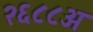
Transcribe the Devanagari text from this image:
२६८८अ